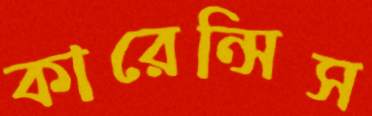
কারেন্সিস